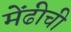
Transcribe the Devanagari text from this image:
मेंढीची